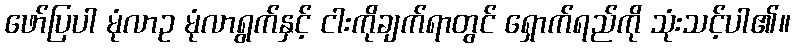
ဖော်ပြပါ မုံလာဥ မုံလာရွက်နှင့် ငါးကိုချက်ရာတွင် ရှောက်ရည်ကို သုံးသင့်ပါ၏။